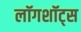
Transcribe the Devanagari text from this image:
लॉगशॉट्स